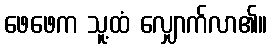
ဖေဖေက သူ့ထံ လျှောက်လာ၏။